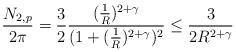
LaTeX: \begin{align*}\frac{N_{2,p}}{2\pi}=\frac32\frac{(\frac1R)^{2+\gamma}}{(1+(\frac1R)^{2+\gamma})^{2}}\leq\frac{3}{2R^{2+\gamma}}\end{align*}